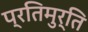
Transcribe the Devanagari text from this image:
प्रतिमुर्ति